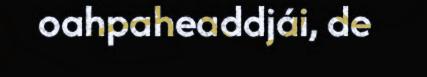
oahpaheaddjái, de